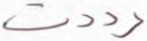
رددت